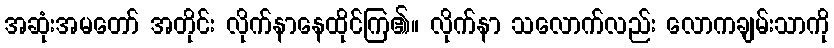
အဆုံးအမတော် အတိုင်း လိုက်နာနေထိုင်ကြ၏။ လိုက်နာ သလောက်လည်း လောကချမ်းသာကို